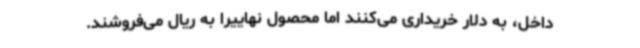
داخل، به دلار خریداری می‌کنند اما محصول نهاییرا به ریال می‌فروشند.